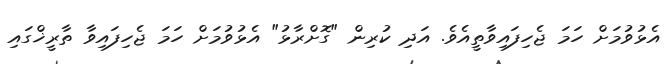
އެޅުވުމަށް ހަމަ ޖެހިފައިވާތީއެވެ. އަދި ކުރިން "ގޮށްރާޅު" އެޅުވުމަށް ހަމަ ޖެހިފައިވާ ތާރީޚްގައި